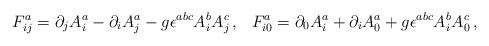
LaTeX: \begin{align*}F_{ij}^a=\partial_jA_i^a-\partial_iA_j^a-g{\epsilon}^{abc}A_i^bA_j^c\,,\;\;\,F_{i0}^a=\partial_0A_i^a+\partial_iA_0^a+g{\epsilon}^{abc}A_i^bA_0^c\,,\end{align*}